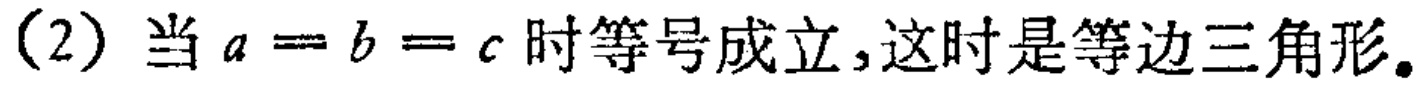
(2) 当 \(a = b = c\) 时等号成立,这时是等边三角形。